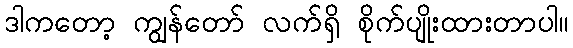
ဒါကတော့ ကျွန်တော် လက်ရှိ စိုက်ပျိုးထားတာပါ။